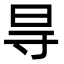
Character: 㝵